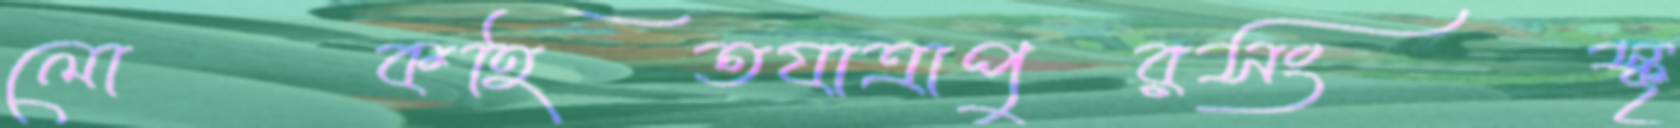
লোকহিতযাত্রাপুরসংস্কৃ